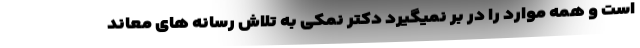
است و همه موارد را در بر نمیگیرد دکتر نمکی به تلاش رسانه های معاند